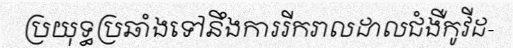
ប្រយុទ្ធប្រឆាំងទៅនឹងការរីករាលដាលជំងឺកូវីដ-